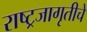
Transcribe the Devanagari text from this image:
राष्ट्रजागृतीचे